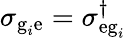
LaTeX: \sigma_{\textrm{g}_{i}\textrm{e}}=\sigma_{\textrm{eg}_{i}}^{\dagger}